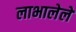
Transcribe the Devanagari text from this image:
लाभालेले